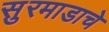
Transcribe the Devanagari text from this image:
सुरमाडाचे